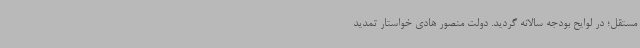
مستقل؛ در لوایح بودجه سالانه گردید. دولت منصور هادی خواستار تمدید